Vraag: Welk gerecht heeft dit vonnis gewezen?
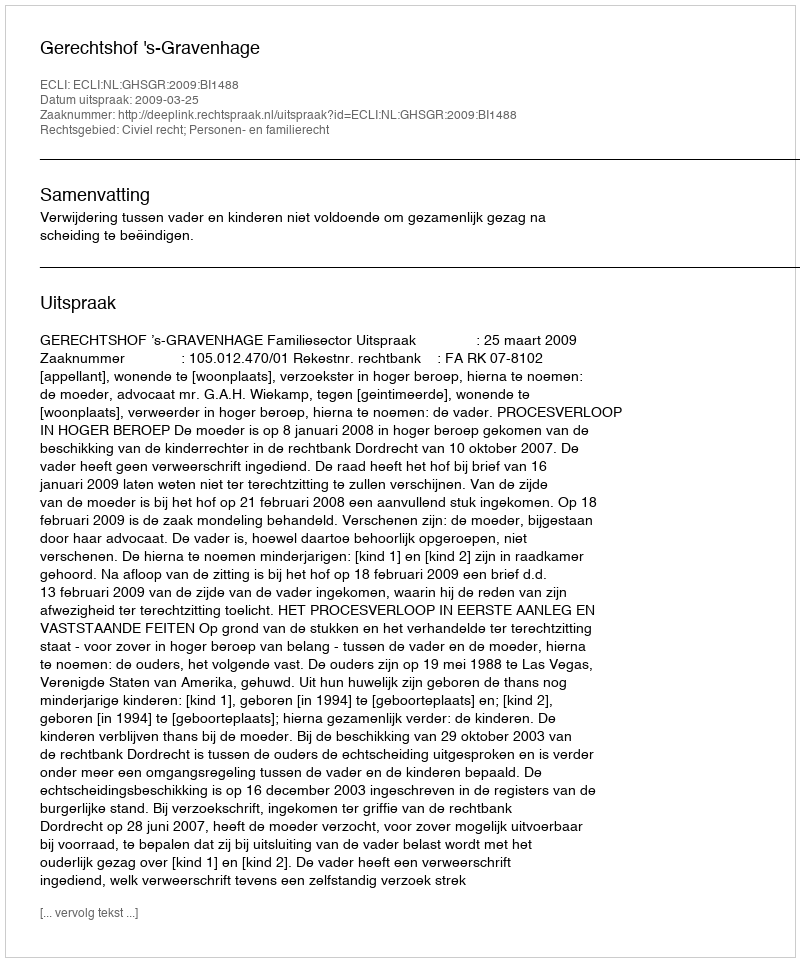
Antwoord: Gerechtshof 's-Gravenhage